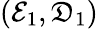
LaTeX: (\mathcal{E}_{1},\mathfrak{D}_{1})